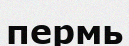
пермь